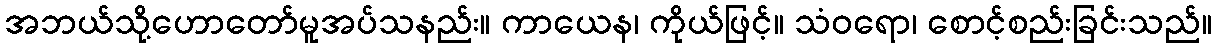
အဘယ်သို့ဟောတော်မူအပ်သနည်း။ ကာယေန၊ ကိုယ်ဖြင့်။ သံဝရော၊ စောင့်စည်းခြင်းသည်။